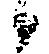
候